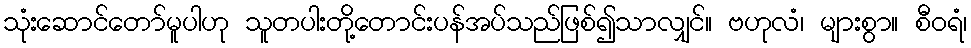
သုံးဆောင်တော်မူပါဟု သူတပါးတို့တောင်းပန်အပ်သည်ဖြစ်၍သာလျှင်။ ဗဟုလံ၊ များစွာ။ စီဝရံ၊